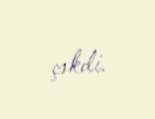
çəkdi.